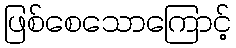
ဖြစ်စေသောကြောင့်